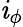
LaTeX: \mathit{i}_{\phi}